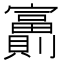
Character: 𡬂